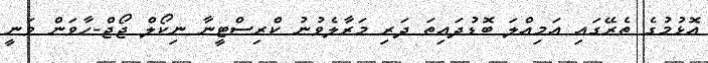
އޮޅުމުގެ ތެރޭގައި އަމިއްލަ ބޮޑުދައިތަ ދަރި މަރާލެވުނު ކްރިސްޓީނާ ނިކޯލް ޖޯޖް-ހާވަން ވަނީ